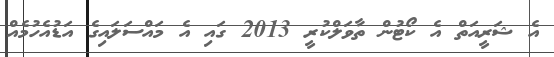
އެ ޝަރީއަތް އެ ކޯޓުން ތާވަލްކުރީ 2013 ގައި އެ މައްސަލައިގެ އަޑުއެހުމެއް